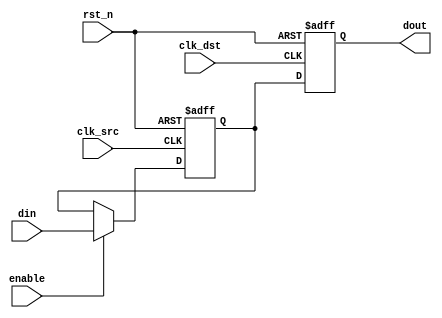
module signal_crossing_synchronizer #(
    parameter WIDTH = 1 // Width of the input signal
)(
    input wire clk_src,           // Source clock
    input wire clk_dst,           // Destination clock
    input wire rst_n,             // Asynchronous active-low reset
    input wire enable,            // Optional enable signal
    input wire [WIDTH-1:0] din,   // Input signal from source clock domain
    output reg [WIDTH-1:0] dout   // Synchronized output signal in destination clock domain
);

    // Internal signals for the dual flip-flop synchronizer
    reg [WIDTH-1:0] sync_ff1; // First flip-flop output
    reg [WIDTH-1:0] sync_ff2; // Second flip-flop output

    // First flip-flop: samples the incoming signal on the source clock
    always @(posedge clk_src or negedge rst_n) begin
        if (!rst_n) begin
            sync_ff1 <= {WIDTH{1'b0}}; // Initialize to known state
        end else if (enable) begin
            sync_ff1 <= din; // Capture input signal
        end
    end

    // Second flip-flop: samples the output of the first flip-flop on the destination clock
    always @(posedge clk_dst or negedge rst_n) begin
        if (!rst_n) begin
            dout <= {WIDTH{1'b0}}; // Initialize to known state
        end else begin
            dout <= sync_ff1; // Transfer synchronized signal to output
        end
    end

endmodule